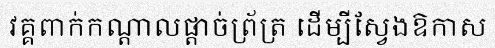
វគ្គពាក់កណ្តាលផ្តាច់ព្រ័ត្រ ដើម្បីស្វែងឱកាស